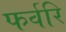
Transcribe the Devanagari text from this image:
फर्वरि